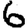
Digit: 6